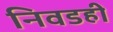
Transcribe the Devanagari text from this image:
निवडही